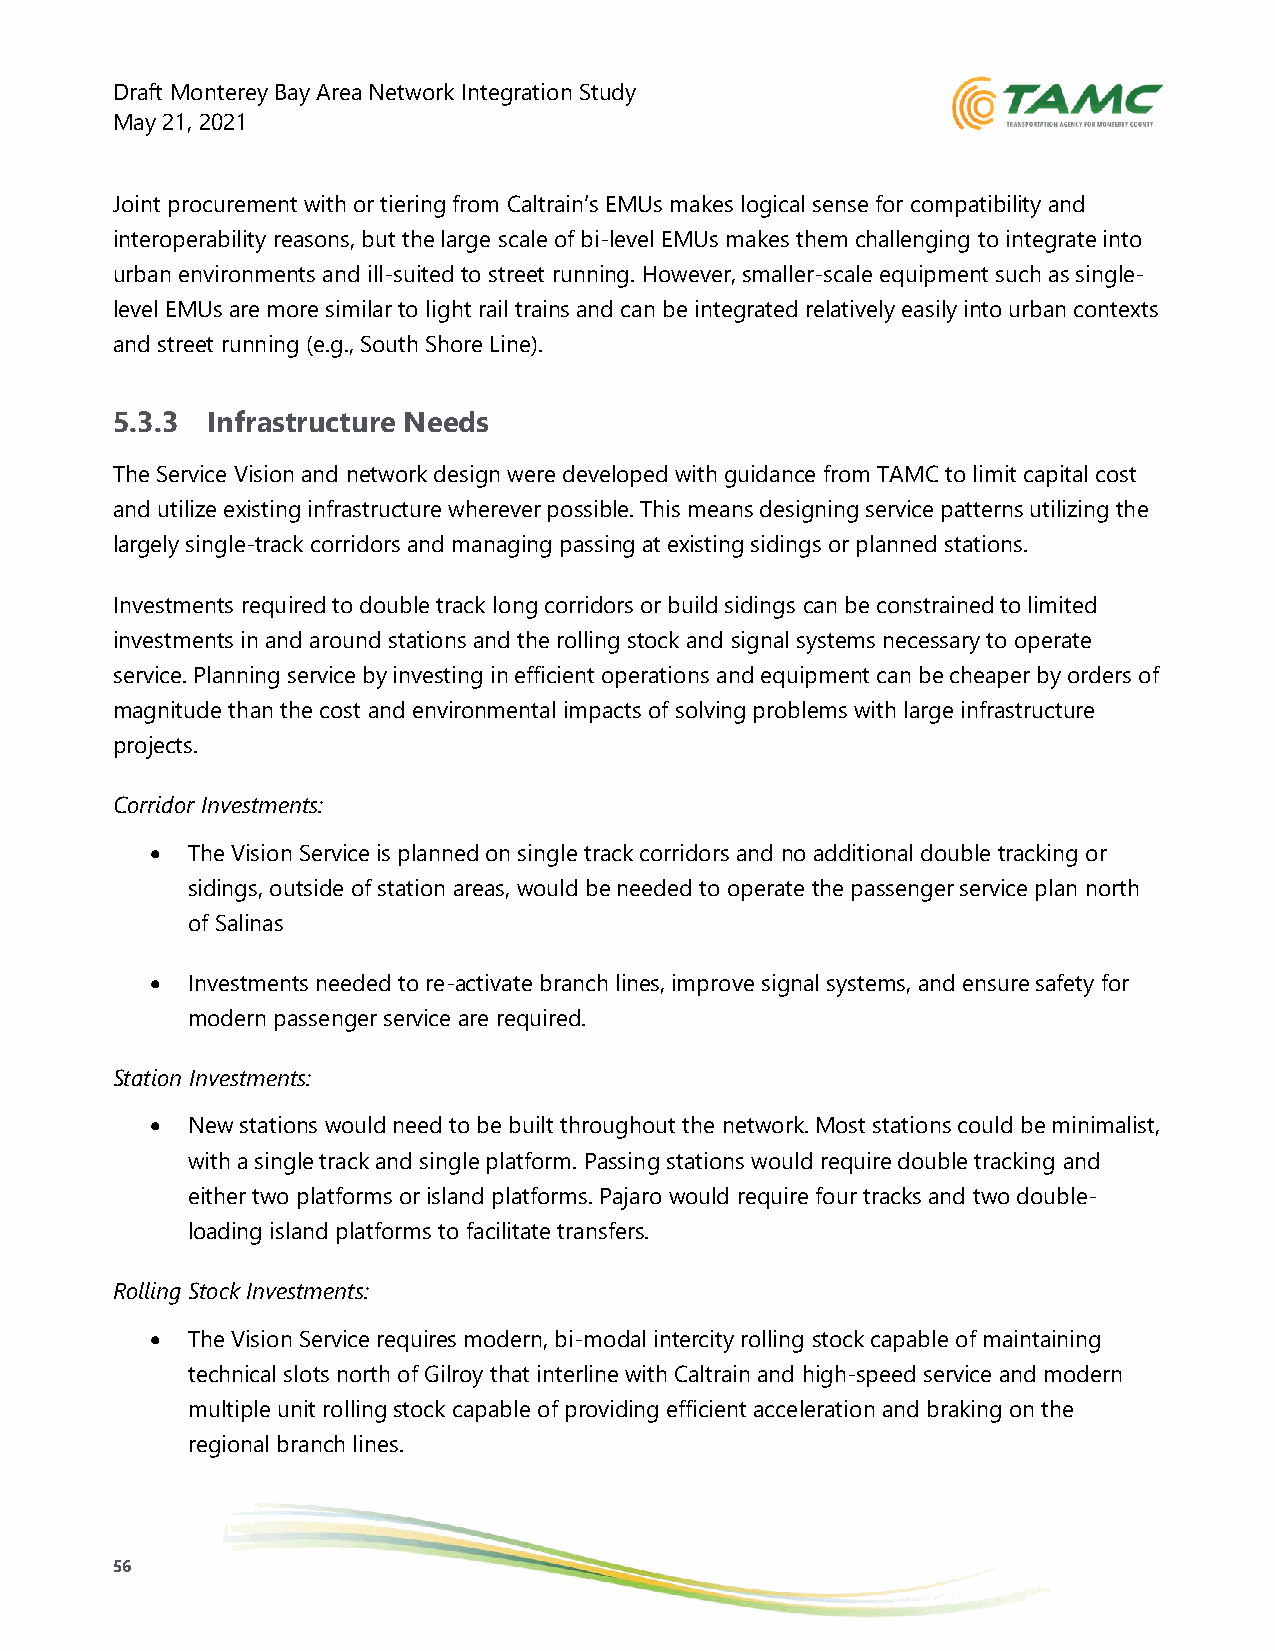
Draft Monterey Bay Area Network Integration Study
 May 21, 2021
 Joint procurement with or tiering from Caltrain’s EMUs makes logical sense for compatibility and
 interoperability reasons, but the large scale of bi-level EMUs makes them challenging to integrate into
 urban environments and ill-suited to street running. However, smaller-scale equipment such as single-
 level EMUs are more similar to light rail trains and can be integrated relatively easily into urban contexts
 and street running (e.g., South Shore Line).
 5.3.3  Infrastructure Needs
 The Service Vision and network design were developed with guidance from TAMC to limit capital cost
 and utilize existing infrastructure wherever possible. This means designing service patterns utilizing the
 largely single-track corridors and managing passing at existing sidings or planned stations.
 Investments required to double track long corridors or build sidings can be constrained to limited
 investments in and around stations and the rolling stock and signal systems necessary to operate
 service. Planning service by investing in efficient operations and equipment can be cheaper by orders of
 magnitude than the cost and environmental impacts of solving problems with large infrastructure
 projects.
 Corridor Investments:
 • The Vision Service is planned on single track corridors and no additional double tracking or
 sidings, outside of station areas, would be needed to operate the passenger service plan north
 of Salinas
 • Investments needed to re-activate branch lines, improve signal systems, and ensure safety for
 modern passenger service are required.
 Station Investments:
 • New stations would need to be built throughout the network. Most stations could be minimalist,
 with a single track and single platform. Passing stations would require double tracking and
 either two platforms or island platforms. Pajaro would require four tracks and two double-
 loading island platforms to facilitate transfers.
 Rolling Stock Investments:
 • The Vision Service requires modern, bi-modal intercity rolling stock capable of maintaining
 technical slots north of Gilroy that interline with Caltrain and high-speed service and modern
 multiple unit rolling stock capable of providing efficient acceleration and braking on the
 regional branch lines.
 56